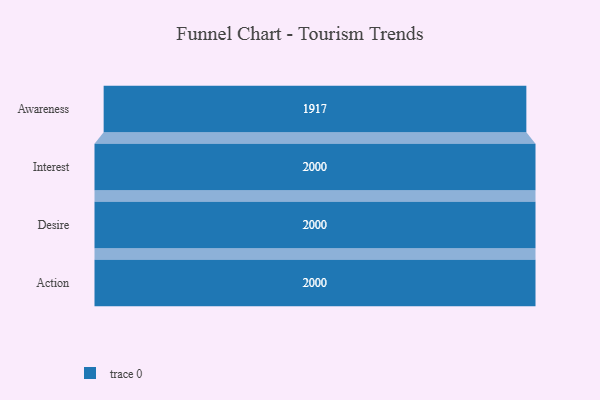
{"axis": {"x": "Stage", "y": "Value"}, "legend": [""], "data": [{"x": "Awareness", "y": 1917.0, "type": ""}, {"x": "Interest", "y": 2000, "type": ""}, {"x": "Desire", "y": 2000, "type": ""}, {"x": "Action", "y": 2000, "type": ""}]}